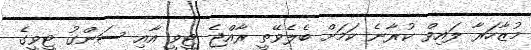
މުޒާހަރާ ލައިވް ކުރާނެ ކަމަށް ބެލެވޭތީ ރާއްޖެ ޓީވީ އާއި ސަންގު ޓީވީގެ